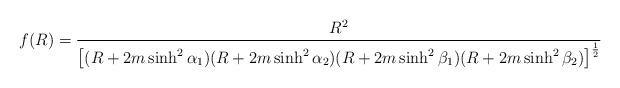
LaTeX: \begin{align*}f(R) = \frac{R^2}{\left[(R+2m \sinh^2\alpha_1)(R+2m \sinh^2\alpha_2) (R+2m \sinh^2\beta_1) (R+2m \sinh^2\beta_2)\right]^{\frac12}}\end{align*}